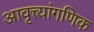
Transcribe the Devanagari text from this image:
आवृत्त्यांगणिक